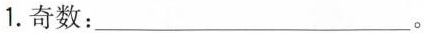
1.奇数：___。